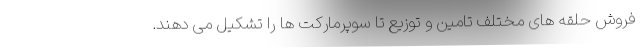
فروش حلقه های مختلف تامین و توزیع تا سوپرمارکت ها را تشکیل می دهند.